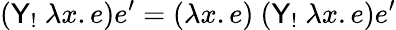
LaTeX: ({\textsf{Y}}_{!}\ \lambda x.e)e^{\prime}=(\lambda x.e)\ ({\textsf{Y}}_{!}\ \lambda x.e)e^{\prime}